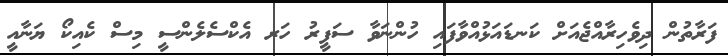
ފަރާތުން ދިވެހިރާއްޖެއަށް ކަނޑައަޅުއްވާފައި ހުންނަވާ ސަފީރު ހަރ އެކްސެލެންސީ މިސް ކެއިކޯ ޔަނާއީ